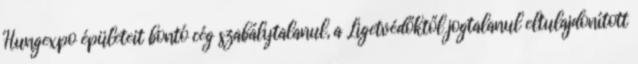
Hungexpo épületeit bontó cég szabálytalanul, a Ligetvédőktől jogtalanul eltulajdonított